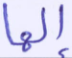
إلها